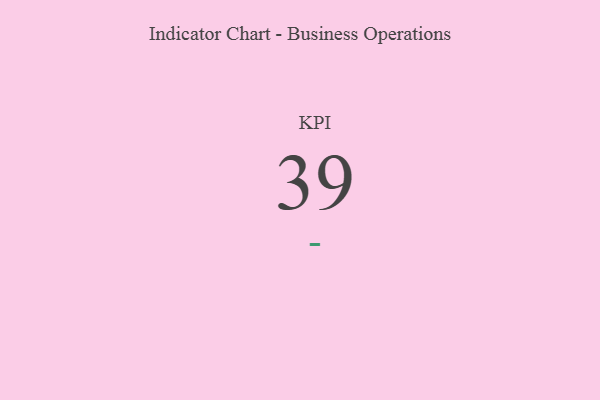
{"axis": {"x": "KPI", "y": "Value"}, "legend": [""], "data": [{"x": "KPI", "y": 39, "type": ""}]}